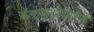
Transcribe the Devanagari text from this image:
ब्लास्टोमिरेज